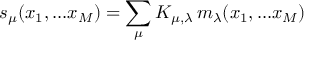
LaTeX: s _ { \mu } ( x _ { 1 } , . . . x _ { M } ) = \sum _ { \mu } K _ { \mu , \lambda } \, m _ { \lambda } ( x _ { 1 } , . . . x _ { M } )